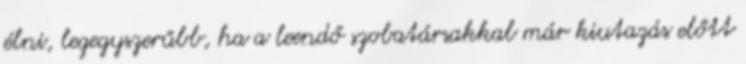
élni, legegyszerűbb, ha a leendő szobatársakkal már kiutazás előtt